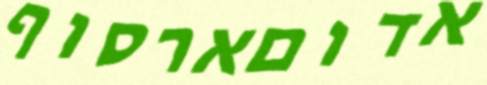
אדוםארסוף